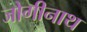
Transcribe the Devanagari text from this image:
जोगीनाथ